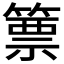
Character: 篻